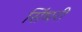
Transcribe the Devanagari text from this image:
सिंधरी